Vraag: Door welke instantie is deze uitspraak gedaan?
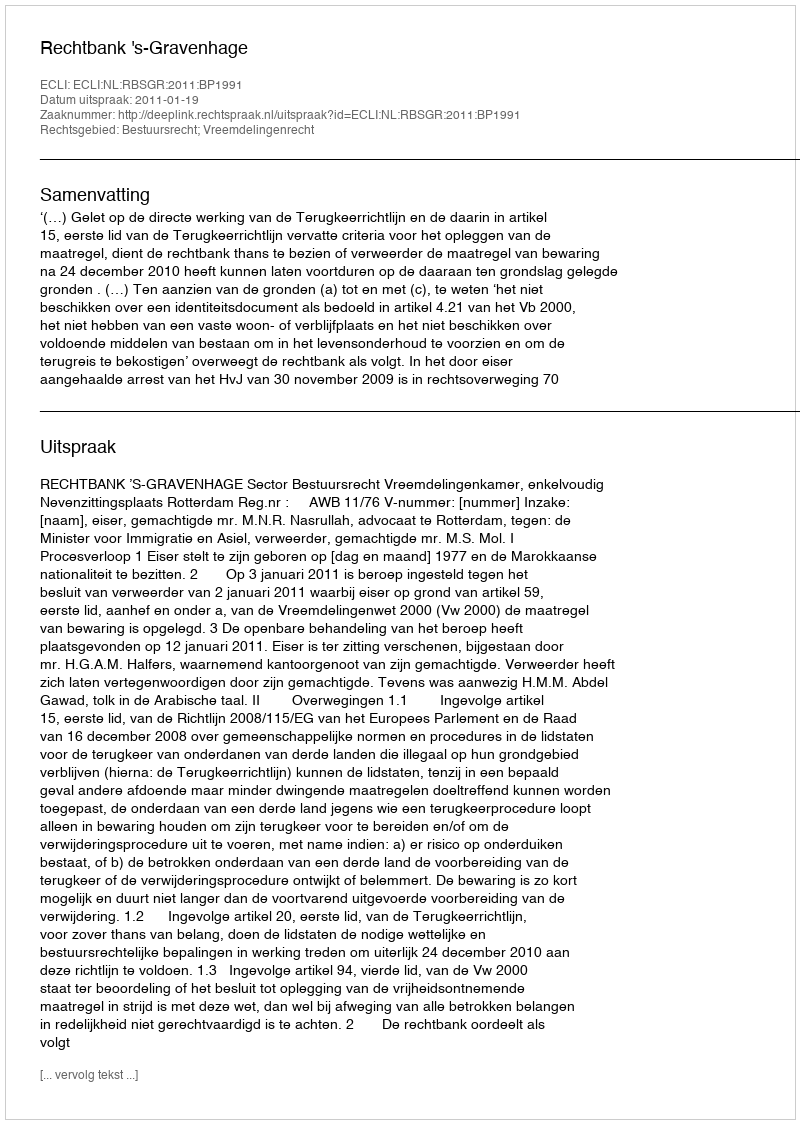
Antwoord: Rechtbank 's-Gravenhage